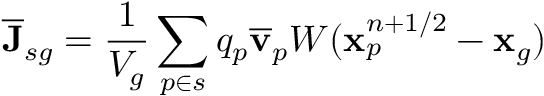
\overline { { \mathbf { J } } } _ { s g } = \frac { 1 } { V _ { g } } \sum _ { p \in s } q _ { p } \overline { { \mathbf { v } } } _ { p } W ( \mathbf { x } _ { p } ^ { n + 1 / 2 } - \mathbf { x } _ { g } )